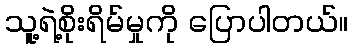
သူ့ရဲ့စိုးရိမ်မှုကို ပြောပါတယ်။